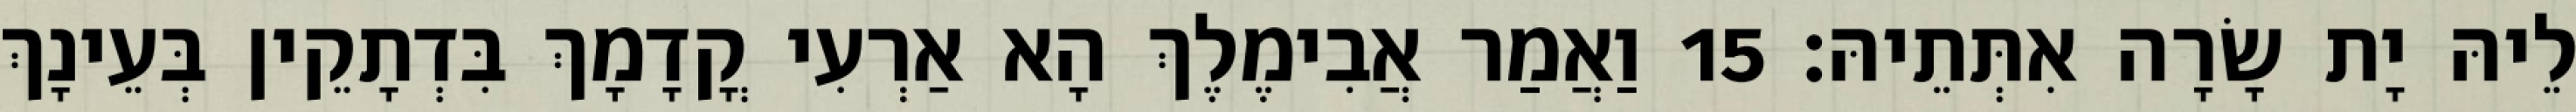
לֵיהּ יָת שָׂרָה אִתְּתֵיהּ׃ 15 וַאֲמַר אֲבִימֶלֶךְ הָא אַרְעִי קֳדָמָךְ בִּדְתָקֵין בְּעֵינָךְ